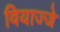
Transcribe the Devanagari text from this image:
वियाज्जे